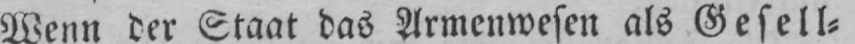
Wenn der Staat das Armenwesen als Gesell⸗